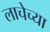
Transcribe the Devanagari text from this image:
लाचेच्या